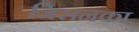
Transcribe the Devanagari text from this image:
जिसनका